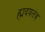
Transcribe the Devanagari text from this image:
ह्मदयतंत्र